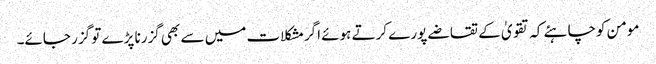
مومن کوچاہئے کہ تقویٰ کے تقاضے پورے کرتے ہوئے اگرمشکلات میں سے بھی گزرنا پڑے تو گزر جائے۔